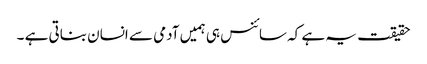
حقیقت یہ ہے کہ سائنس ہی ہمیں آدمی سے انسان بناتی ہے ۔